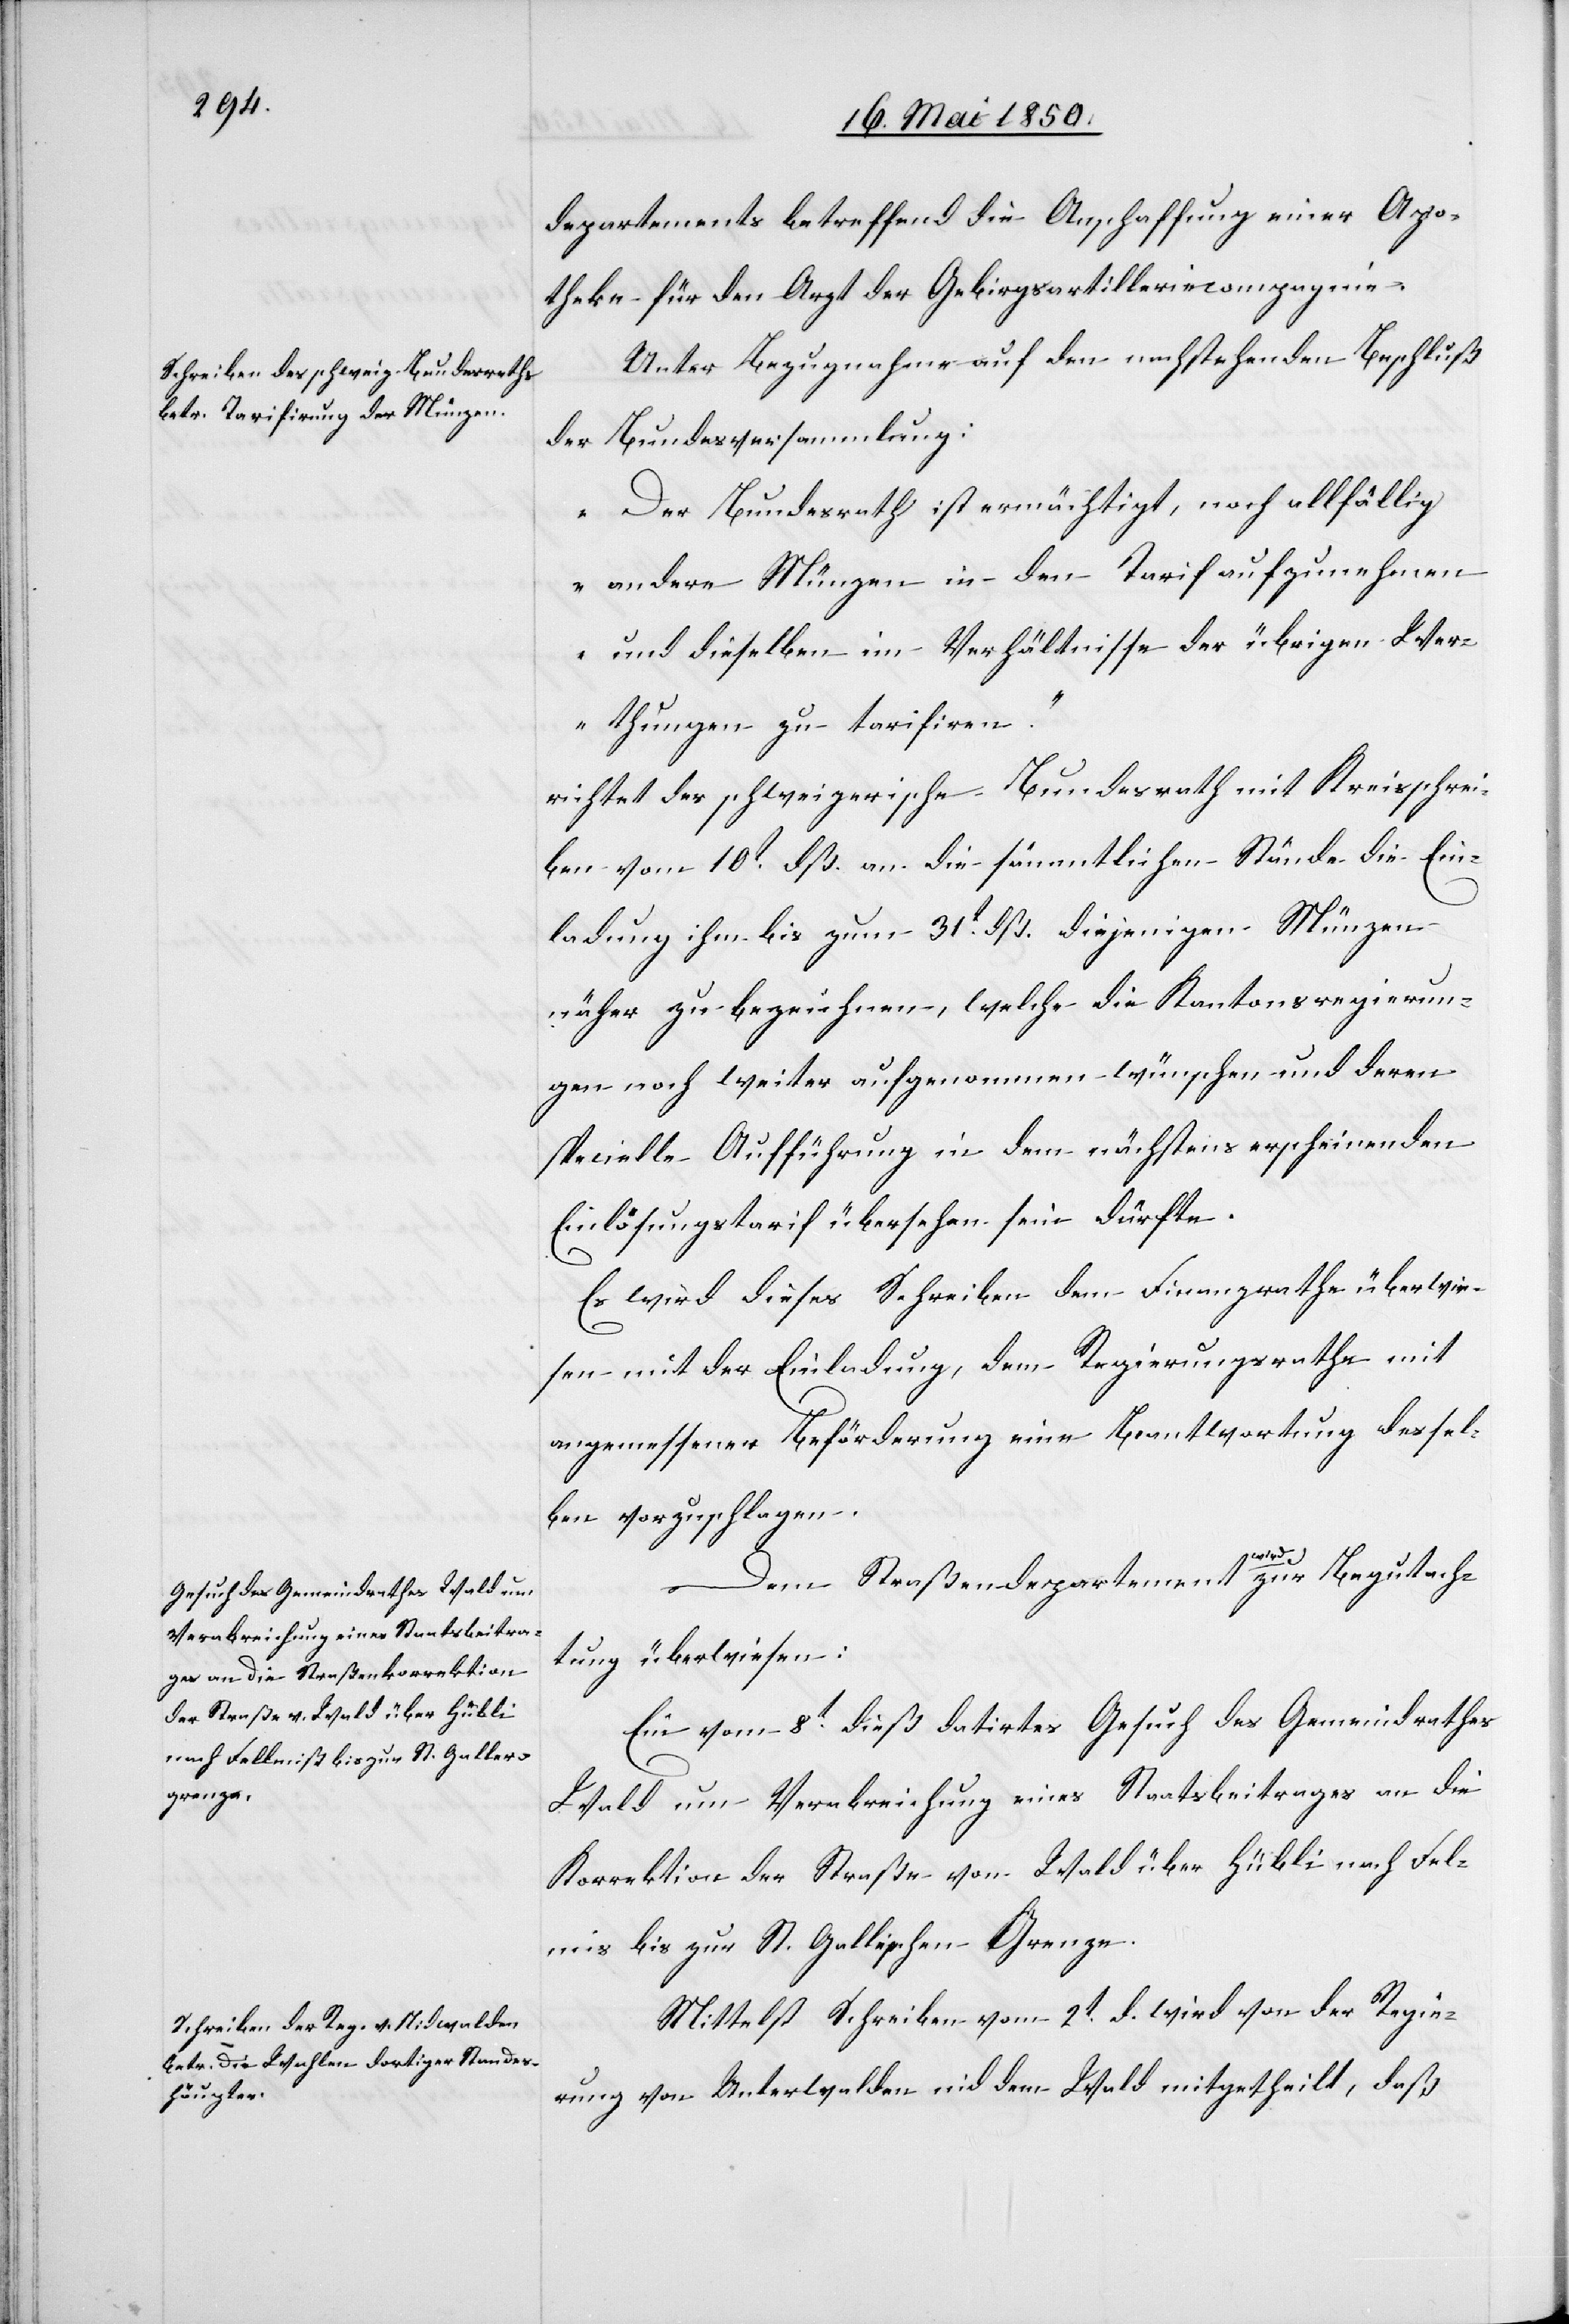
departements betreffend die Anschaffung einer Apo¬
theke für den Arzt der Gebirgsartilleriecompagnie.
Unter Bezugnahme auf den nachstehenden Beschluß
der Bundesversammlung:
„Der Bundesrath ist ermächtigt, noch allfällig
andere Münzen in den Tarif aufzunehmen
und dieselben im Verhältnisse der übrigen Wer¬
thungen zu tarifiren.“
richtet der schweizerische Bundesrath mit Kreisschrei¬
ben vom 10t dß. an die sämmtlichen Stände die Ein¬
ladung ihm bis zum 31t dß. diejenigen Münzen
näher zu bezeichnen, welche die Kantonsregierun¬
gen noch weiter aufgenommen wünschen und deren
specielle Aufführung in dem nächstens erscheinenden
Einlösungstarif übersehen sein dürfte.
Es wird dieses Schreiben dem Finanzrathe überwie¬
sen mit der Einladung, dem Regierungsrathe mit
angemessener Beförderung eine Beantwortung dessel¬
ben vorzuschlagen.
Dem Straßendepartement wird zur Begutach¬
tung überwiesen:
Ein vom 8t dieß datirtes Gesuch des Gemeindrathes
Wald um Verabreichung eines Staatsbeitrages an die
Korrektion der Straße von Wald über Hübli nach Fel¬
mis bis zur St. Gallischen Grenze.
Mittelst Schreiben vom 2t d. wird von der Regie¬
rung von Unterwalden nid dem Wald mitgetheilt, daß